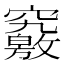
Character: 𥨶